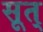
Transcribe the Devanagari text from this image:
सूत्